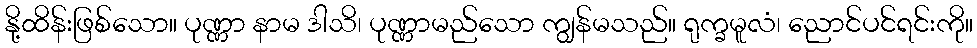
နို့ထိန်းဖြစ်သော။ ပုဏ္ဏာ နာမ ဒါသိ၊ ပုဏ္ဏာမည်သော ကျွန်မသည်။ ရုက္ခမူလံ၊ ညောင်ပင်ရင်းကို။